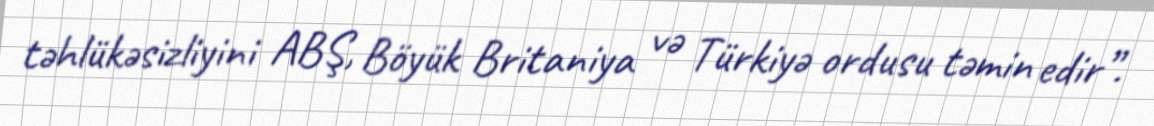
təhlükəsizliyini ABŞ, Böyük Britaniya və Türkiyə ordusu təmin edir”.